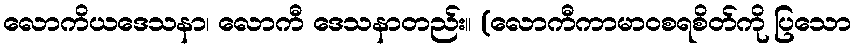
လောကိယဒေသနာ၊ လောကီ ဒေသနာတည်း။ (လောကီကာမာဝစရစိတ်ကို ပြသော